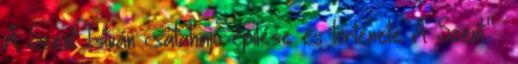
A Szent István csatahajó építése és története A Szent."—